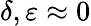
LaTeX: \delta,\varepsilon\approx 0